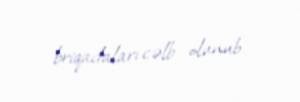
briqadaları cəlb olunub.